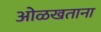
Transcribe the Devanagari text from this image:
ओळखताना